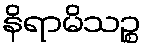
နိရာမိသဉ္စ